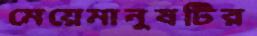
মেয়েমানুষটির